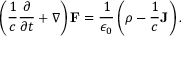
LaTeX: \left( { \frac { 1 } { c } } { \frac { \partial } { \partial t } } + { \boldsymbol { \nabla } } \right) \mathbf { F } = { \frac { 1 } { \epsilon _ { 0 } } } \left( \rho - { \frac { 1 } { c } } \mathbf { J } \right) .